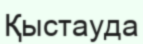
Қыстауда